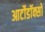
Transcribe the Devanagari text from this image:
आर्टोडॉक्सो